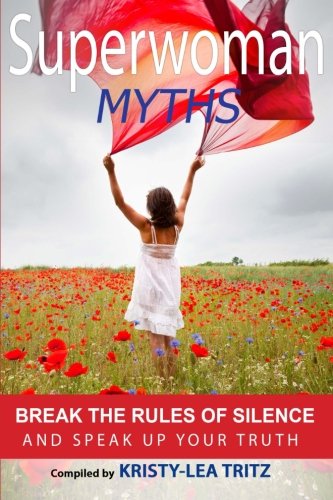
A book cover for Superwoman Myths: Break the Rules of Silence and Speak UP Your Truth!; Kristy-Lea Tritz; Self-Help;